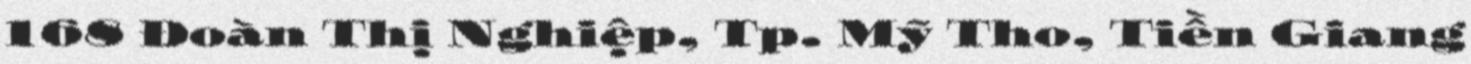
168 Đoàn Thị Nghiệp, Tp. Mỹ Tho, Tiền Giang